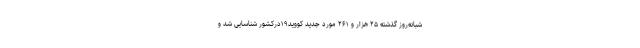
شبانه‌روز گذشته ۲۵ هزار و ۲۶۱ مورد جدید کووید۱۹درکشور شناسایی شد و